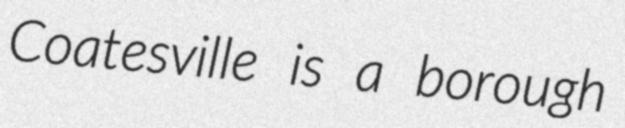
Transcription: Coatesville is a borough